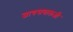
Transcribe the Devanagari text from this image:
जायसवालजी